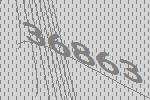
36863